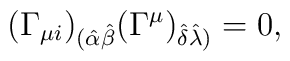
(\Gamma_{\mu i})_{(\hat\alpha\hat\beta}(\Gamma^\mu)_{\hat\delta\hat\lambda)}=0,